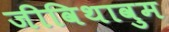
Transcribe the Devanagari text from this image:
जीविथावुम